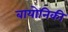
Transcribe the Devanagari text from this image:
बायोनिकी